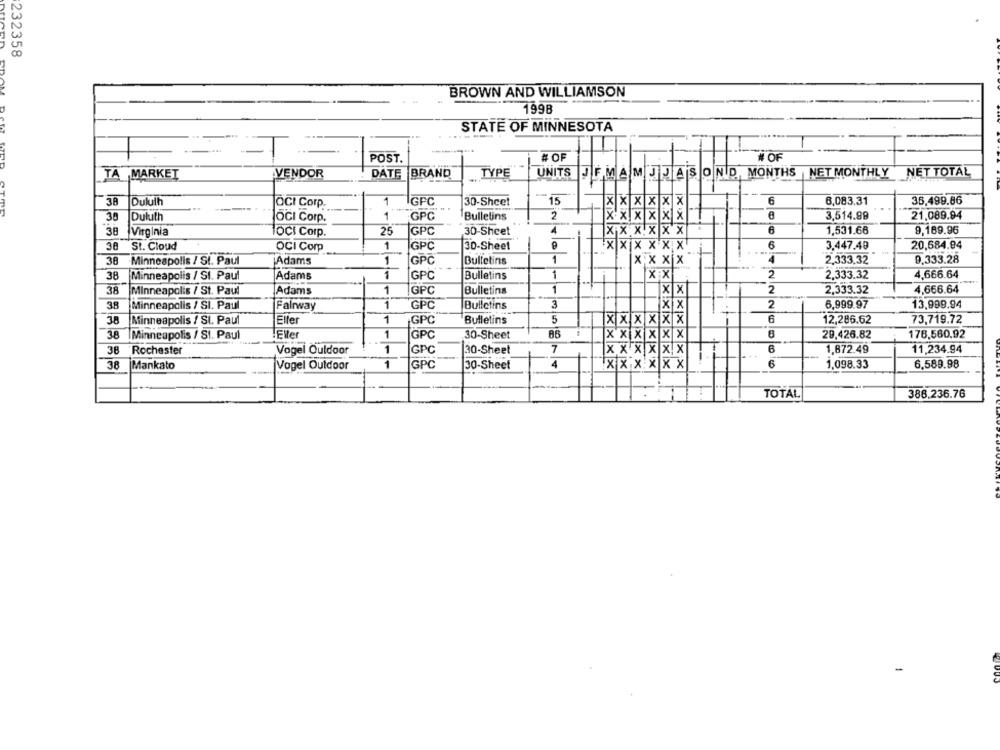
232358
BROWN AND WILLIAMSON
EDAM D
1998
STATE OF MINNESOTA
POST.
# OF
# OF
BRAND
TYPE
UNITS
TA MARKET
VENDOR
DATE
JFMAMCIJAS OND MONTHS NET MONTHLY NET TOTAL
38
Duluth
1
IGPC
30-Sheet
15
6
6,083.31
38,499.86
OCI Corp.
|x x x x]
30
Duluth
1
GPC
Bulletins
2
3,514.99
21.089.94
OGI Corp.
Xx
38
Virginia
FOCI Corp.
25
GPC
30-Sheet
4
X X X X X X
6
1,531.66
9,189.96
38
St. Cloud
OCI Corp
1
GPC
30-Sheet
x x x x
X X X X X
6
3,447.40
20,684.94
38
Minneapolis / St. Paul
Adams
1
GPC
Bulletins
1
x x x x
2,333.32
9.333.28
38
Minneapolis / St. Paul
Adams
1
GPC
Bulletins
1
X X
2
2,333.32
4,666.64
38
Minneapolis / St. Paul
Adams
1
GPC
Bulletins
1
x X
2
2,333.32
4,666.64
38
Minneapolis / SI. Paul
Fairway
1
GPC
Bulletins
3
XX
2
6,999.97
13,999.94
38
Minneapolis / St. Paul
Eller
1
GPC
Bulletins
5
X X X X X X
6
12,286.62
73,719.72
3.8
Minneapolis / St. Paul
.Eller
1
GPC
30-Sheet
X X X X X X
29.426.82
176,560,92
38
Rochester
Vogel Ouldoor
1
GPC
30-Sheet
7
x x x x x x
6
1,872.49
11,234.94
38
Mankato
Vogel Outdoor
1
GPC
30-Sheet
4
X X X X X X
6
1,098.33
6.589.98
TOTAL
386.236.76